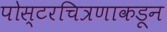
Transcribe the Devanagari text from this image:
पोस्टरचित्रणाकडून